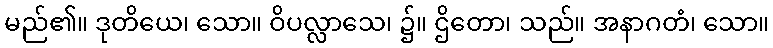
မည်၏။ ဒုတိယေ၊ သော။ ဝိပလ္လာသေ၊ ၌။ ဌိတော၊ သည်။ အနာဂတံ၊ သော။